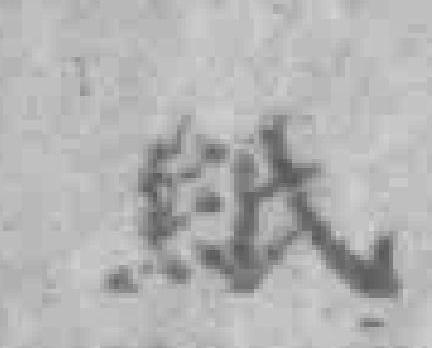
紙